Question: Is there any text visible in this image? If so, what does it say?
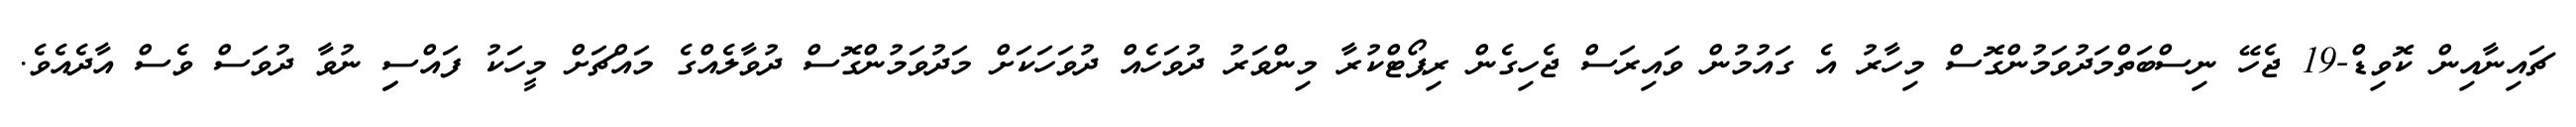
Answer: ޗައިނާއިން ކޮވިޑް-19 ޖެހޭ ނިސްބަތްމަދުވަމުންގޮސް މިހާރު އެ ގައުމުން ވައިރަސް ޖެހިގެން ރިޕޯޓްކުރާ މިންވަރު ދުވަހެއް ދުވަހަކަށް މަދުވަމުންގޮސް ދުވާލެއްގެ މައްޗަށް މީހަކު ފައްސިި ނުވާ ދުވަސް ވެސް އާދެއެވެ.